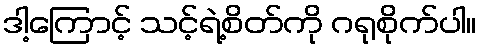
ဒါ့ကြောင့် သင့်ရဲ့စိတ်ကို ဂရုစိုက်ပါ။